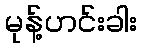
မုန့်ဟင်းခါး